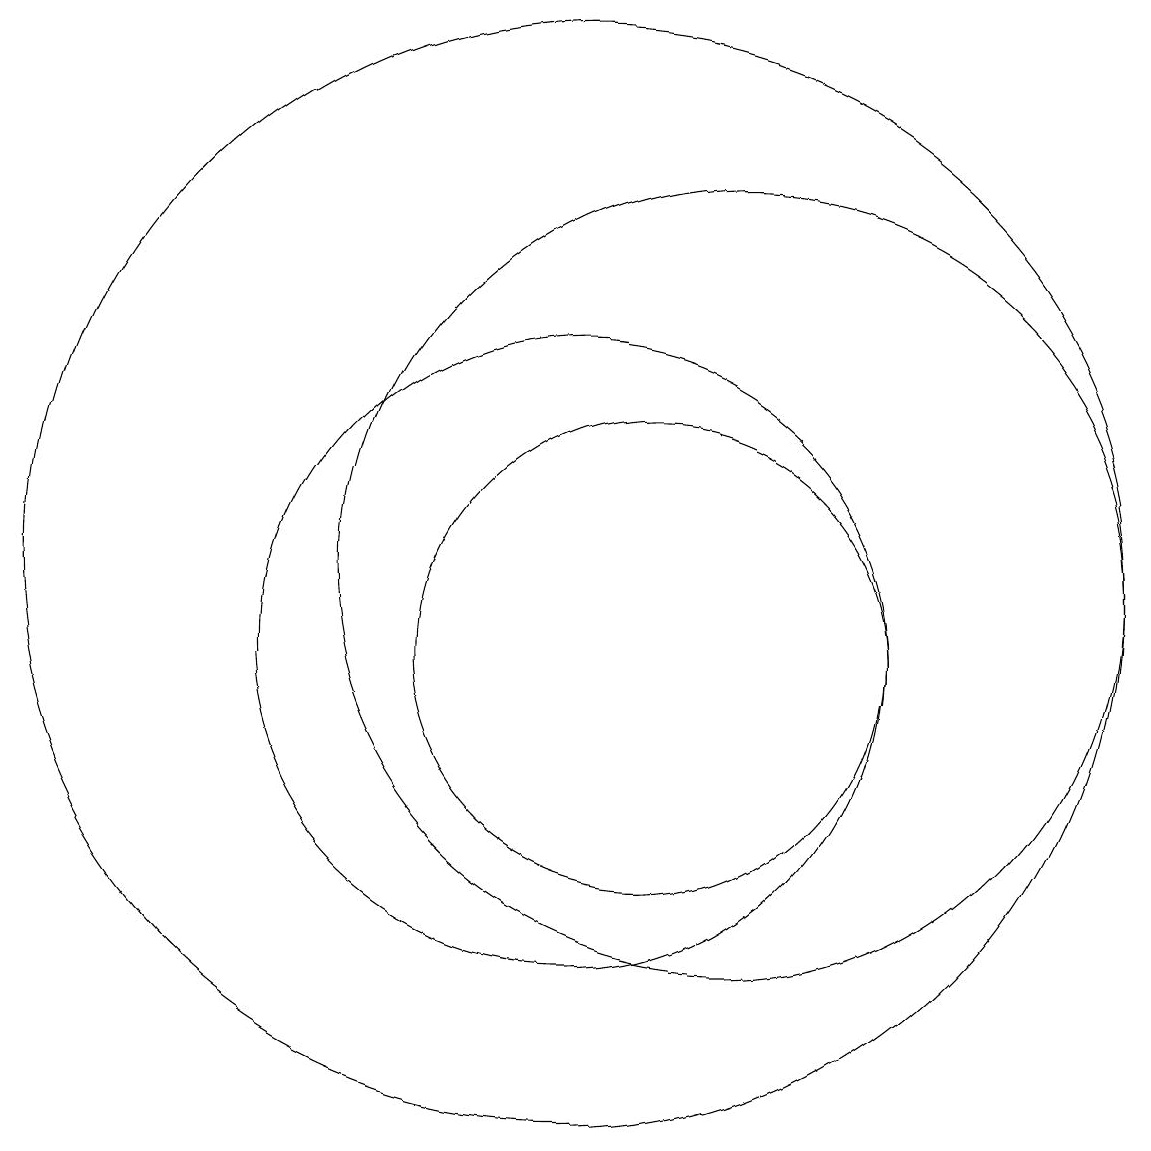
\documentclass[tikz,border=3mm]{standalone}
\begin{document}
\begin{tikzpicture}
\draw (10,11) circle (7);
\draw (12,11) circle (5);
\draw (10,10) circle (4);
\draw (11,10) circle (3);
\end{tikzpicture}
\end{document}